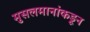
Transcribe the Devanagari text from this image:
मुसलमानांकडून